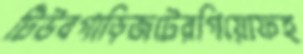
টিউবগাড়িজটেরগিয়োফহ